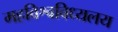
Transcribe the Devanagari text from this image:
महविश्वविध्यलय